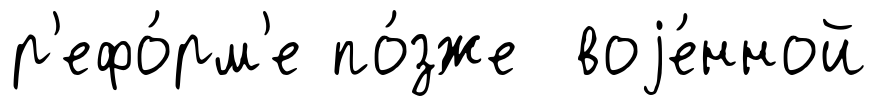
р'ефо́рм'е по́зже воjе́нной